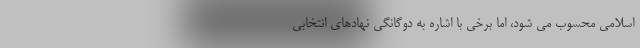
اسلامی محسوب می شود، اما برخی با اشاره به دوگانگی نهادهای انتخابی